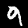
Digit: 9